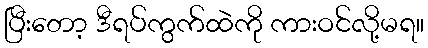
ပြီးတော့ ဒီရပ်ကွက်ထဲကို ကားဝင်လို့မရ။